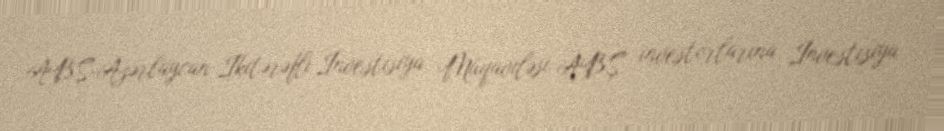
ABŞ-Azərbaycan İkitərəfli İnvestisiya Müqaviləsi ABŞ investorlarına İnvestisiya